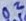
Text: D2